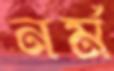
নর্ম